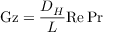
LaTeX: \mathrm { G z } = { \frac { D _ { H } } { L } } \mathrm { R e } \, \mathrm { P r }